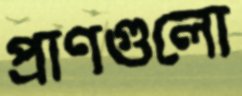
প্রাণগুলো